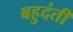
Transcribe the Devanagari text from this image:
बहुदंती